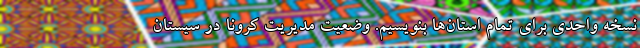
نسخه واحدی برای تمام استان‌ها بنویسیم. وضعیت مدیریت کرونا در سیستان